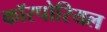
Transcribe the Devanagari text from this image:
कॉरपोरियल